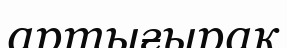
артығырақ